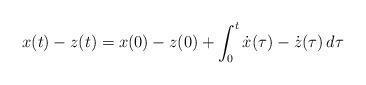
LaTeX: \begin{align*}x(t)-z(t) = x(0)-z(0)+\int_0^t \dot{x}(\tau)-\dot{z}(\tau) \,d\tau\end{align*}